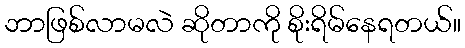
ဘာဖြစ်လာမလဲ ဆိုတာကို စိုးရိမ်နေရတယ်။